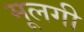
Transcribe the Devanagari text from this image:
मूलगी